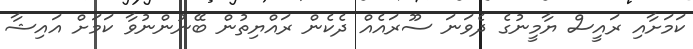
ކަމަށާއި ރައީސް ޔާމީނުގެ ދެވަނަ ސޫރައެއް ދެކެން ރައްޔިތުން ބޭނުންނުވާ ކަމަށް އައިޝާ